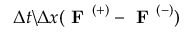
\Delta t \backslash \Delta x ( \textbf { F } ^ { ( + ) } - \textbf { F } ^ { ( - ) } )